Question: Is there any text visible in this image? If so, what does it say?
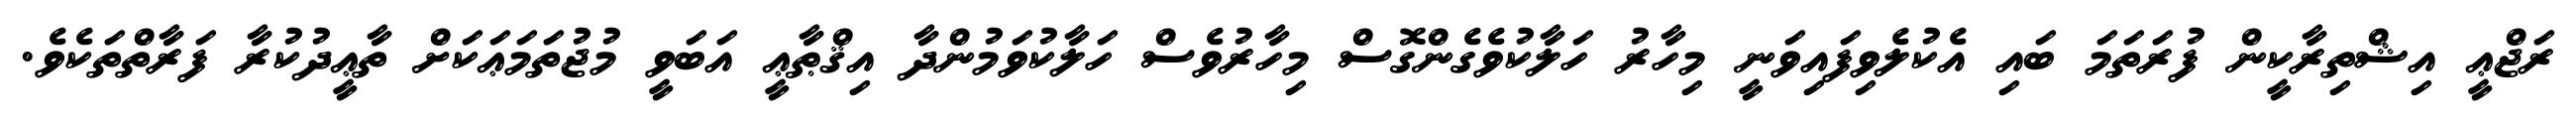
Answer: ރަޖްޢީ އިޝްތިރާކީން ފުރަތަމަ ބައި އެކުލެވިފައިވަނީ މިހާރު ހަލާކުވެގެންގޮސް މިހާރުވެސް ހަލާކުވަމުންދާ އިޤްޠާޢީ އަބަވީ މުޖުތަމަޢަކަށް ތާޢީދުކުރާ ފަރާތްތަކެވެ.